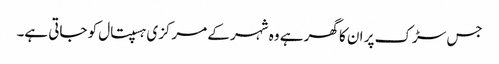
جس سڑک پر ان کا گھر ہے وہ شہر کے مرکزی ہسپتال کو جاتی ہے۔